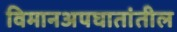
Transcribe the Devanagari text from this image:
विमानअपघातांतील